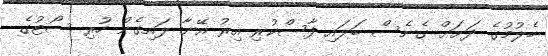
ބެލުމުގެ ދަށަށް ގެނެސް ބަލައި ފާސްކުރި އިރު އޭނާ ލައިގެން ހުރި ސޯޓުގެ